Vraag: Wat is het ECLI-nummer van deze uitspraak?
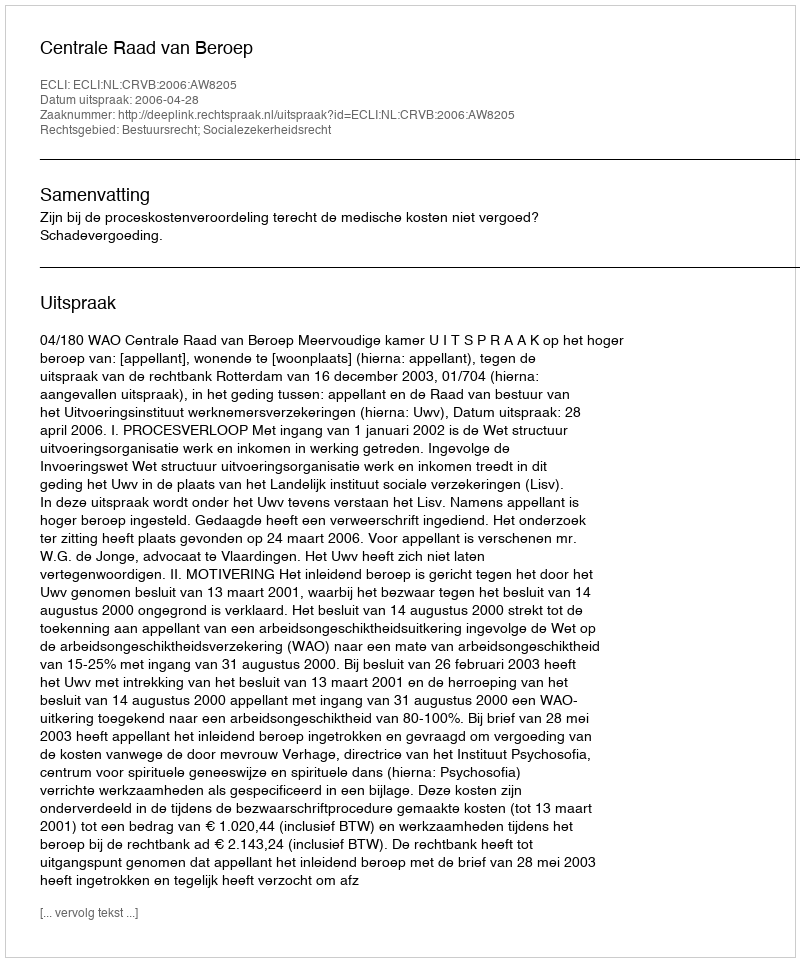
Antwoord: ECLI:NL:CRVB:2006:AW8205